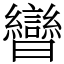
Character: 曫